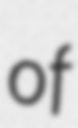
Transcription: of